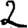
Digit: 2